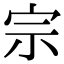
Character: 宗